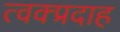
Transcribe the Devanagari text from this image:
त्वक्प्रदाह